Vaccination in Burma 1920-1933 - 1920-1933
Year: 1920
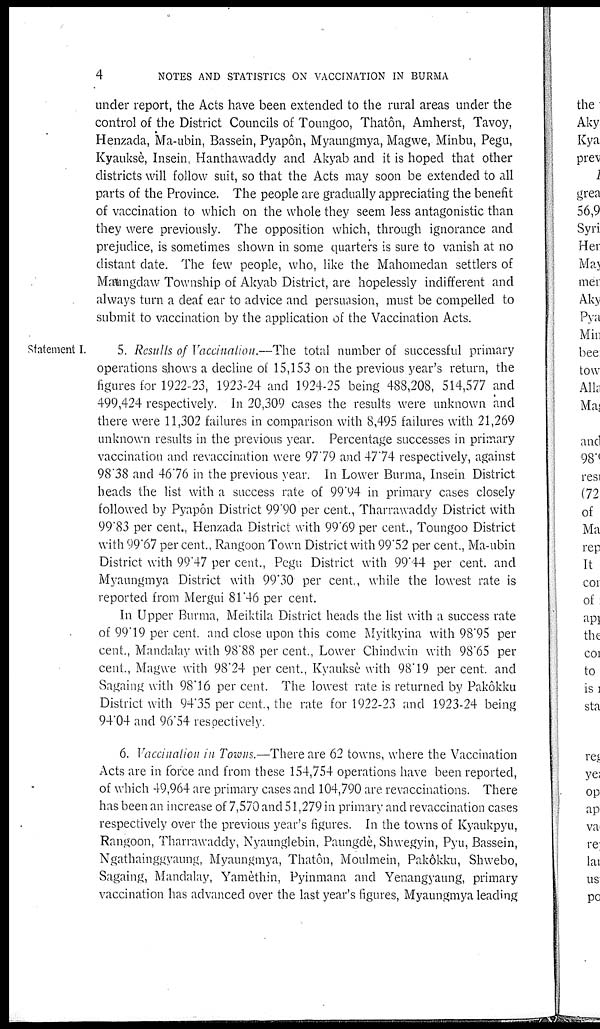
4
NOTES AND STATISTICS ON VACCINATION IN BURMA
under report, the Acts have been extended to the rural areas under the
control of the District Councils of Toungoo, Thatôn, Amherst, Tavoy,
Henzada, Ma-ubin, Bassein, Pyapôn, Myaungmya, Magwe, Minbu, Pegu,
Kyauksè, Insein, Hanthawaddy and Akyab and it is hoped that other
districts will follow suit, so that the Acts may soon be extended to all
parts of the Province. The people are gradually appreciating the benefit
of vaccination to which on the whole they seem less antagonistic than
they were previously. The opposition which, through ignorance and
prejudice, is sometimes shown in some quarters is sure to vanish at no
distant date. The few people, who, like the Mahomedan settlers of
Maungdaw Township of Akyab District, are hopelessly indifferent and
always turn a deaf ear to advice and persuasion, must be compelled to
submit to vaccination by the application of the Vaccination Acts.
Statement I.
5. Results of Vaccination.—The total number of successful primary
operations shows a decline of 15,153 on the previous year's return, the
figures for 1922-23, 1923-24 and 1924-25 being 488,208, 514,577 and
499,424 respectively. In 20,309 cases the results were unknown and
there were 11,302 failures in comparison with 8,495 failures with 21,269
unknown results in the previous year. Percentage successes in primary
vaccination and revaccination were 97.79 and 47.74 respectively, against
98.38 and 46.76 in the previous year. In Lower Burma, Insein District
heads the list with a success rate of 99.94 in primary cases closely
followed by Pyapôn District 99.90 per cent., Tharrawaddy District with
99.83 per cent., Henzada District with 99.69 per cent., Toungoo District
with 99.67 per cent., Rangoon Town District with 99.52 per cent., Ma-ubin
District with 99.47 per cent., Pegu District with 99.44 per cent, and
Myaungmya District with 99.30 per cent., while the lowest rate is
reported from Mergui 81.46 per cent.
In Upper Burma, Meiktila District heads the list with a success rate
of 99.19 per cent. and close upon this come Myitkyina with 98.95 per
cent., Mandalay with 98.88 per cent., Lower Chindwin with 98.65 per
cent., Magwe with 98.24 per cent., Kyauksè with 98.19 per cent. and
Sagaing with 98.16 per cent. The lowest rate is returned by Pakôkku
District with 94.35 per cent., the rate for 1922-23 and 1923-24 being
94.04 and 96.54 respectively.
6. Vaccination in Towns.—There are 62 towns, where the Vaccination
Acts are in force and from these 154,754 operations have been reported,
of which 49,964 are primary cases and 104,790 are revaccinations. There
has been an increase of 7,570 and 51,279 in primary and revaccination cases
respectively over the previous year's figures. In the towns of Kyaukpyu,
Rangoon, Tharrawaddy, Nyaunglebin, Paungdè, Shwegyin, Pyu, Bassein,
Ngathainggyaung, Myaungmya, Thatôn, Moulmein, Pakôkku, Shwebo,
Sagaing, Mandalay, Yamèthin, Pyinmana and Yenangyaung, primary
vaccination has advanced over the last year's figures, Myaungmya leading